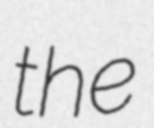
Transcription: the